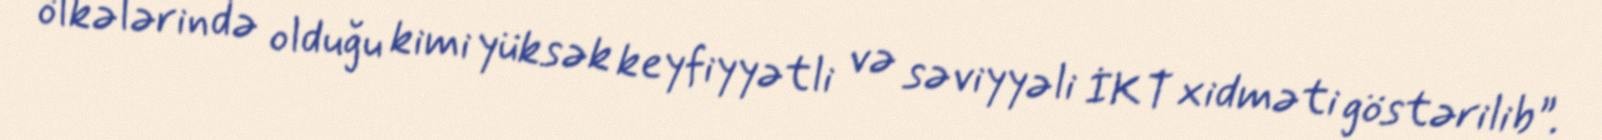
ölkələrində olduğu kimi yüksək keyfiyyətli və səviyyəli İKT xidməti göstərilib”.